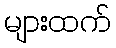
များထက်